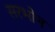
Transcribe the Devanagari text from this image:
सरभोन